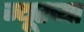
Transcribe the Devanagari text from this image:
म्यूरच्या